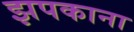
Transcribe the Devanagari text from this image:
झपकाना